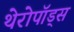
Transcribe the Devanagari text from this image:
थेरोपॉड्स